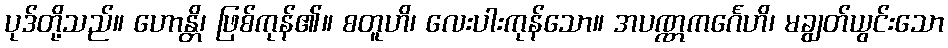
ပုဒ်တို့သည်။ ဟောန္တိ၊ ဖြစ်ကုန်၏။ စတူဟိ၊ လေးပါးကုန်သော။ အပဏ္ဏကင်္ဂေဟိ၊ မချွတ်ယွင်းသော